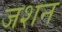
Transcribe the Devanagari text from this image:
जशन